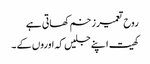
روح تعمیر زخم کھاتی ہے
کھیت اپنے جلیں کہ اوروں کے ۔